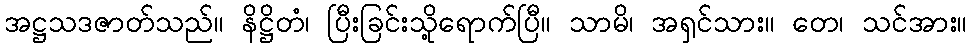
အဋ္ဌသဒဇာတ်သည်။ နိဋ္ဌိတံ၊ ပြီးခြင်းသို့ရောက်ပြီ။ သာမိ၊ အရှင်သား။ တေ၊ သင်အား။